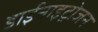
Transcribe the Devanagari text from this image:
डाईनाइट्रोजन